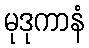
မုဒုကာနံ